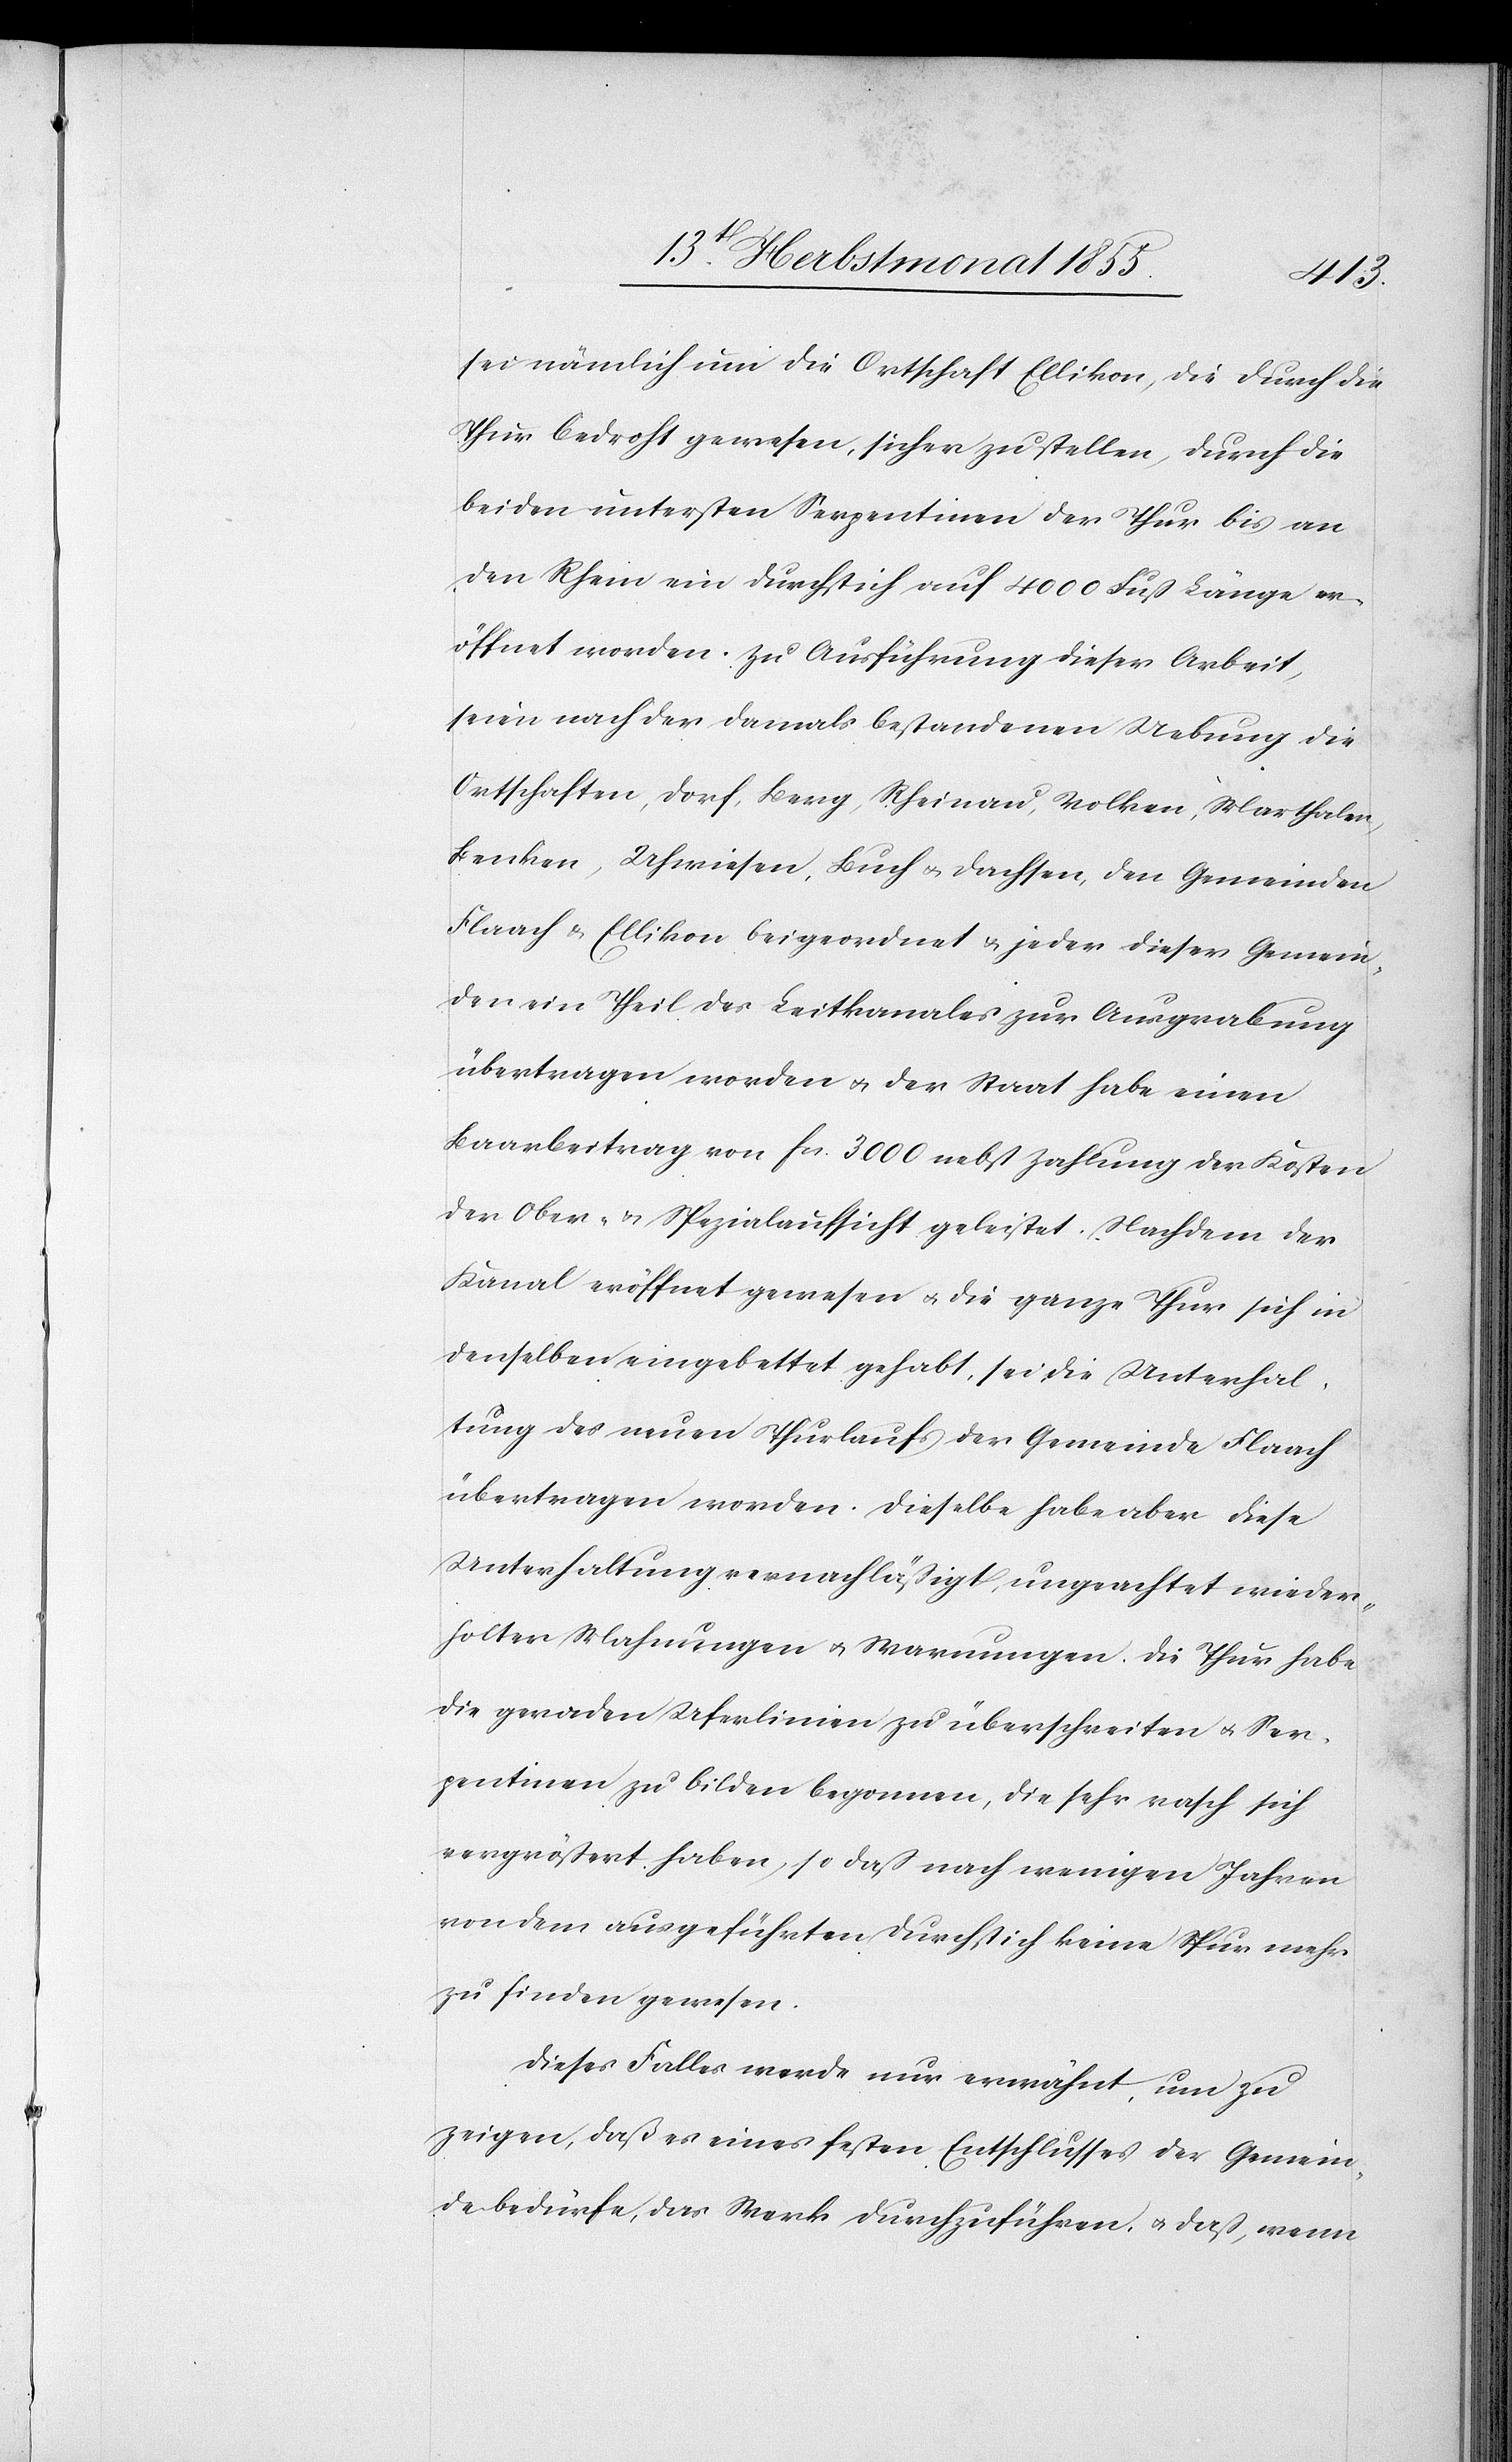
sei nämlich um die Ortschaft Ellikon, die durch die
Thur bedroht gewesen, sicher zu stellen, durch die
beiden untersten Serpentinen der Thur bis an
den Rhein ein Durchstich auf 4000 Fuß Länge er¬
öffnet worden. Zu Ausführung dieser Arbeit,
seien nach der damals bestandenen Uebung die
Ortschaften, Dorf, Berg, Rheinau, Volken, Marthalen,
Benken, Uhwiesen, Buch & Dachsen, den Gemeinden
Flaach & Ellikon beigeordnet & jeder dieser Gemein¬
den ein Theil des Leitkanales zur Ausgrabung
übertragen worden & der Staat habe einen
Baarbeitrag von Fcs. 3000 nebst Zahlung der Kosten
der Ober- & Spezialaufsicht geleistet. Nachdem der
Kanal eröffnet gewesen & die ganze Thur sich in
denselben eingebettet gehabt, sei die Unterhal¬
tung des neuen Thurlaufs der Gemeinde Flaach
übertragen worden. Dieselbe habe aber diese
Unterhaltung vernachläßigt, ungeachtet wieder¬
holter Mahnungen & Warnungen. Die Thur habe
die geraden Uferlinien zu überschreiten & Ser¬
pentinen zu bilden begonnen, die sehr rasch sich
vergrößert haben, so daß nach wenigen Jahren
von dem ausgeführten Durchstich keine Spur mehr
zu finden gewesen.
Dieses Falles werde nur erwähnt, um zu
zeigen, daß es eines festen Entschlusses der Gemein¬
de bedürfe, das Werk durchzuführen, & daß, wenn